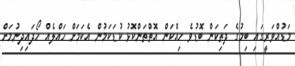
މަޑުއްވަރީގައި ބިމުގެ ދަތިކަން ބޮޑުވެ ހިއްކަން އޮތްތަންކޮޅު ކުޑަކަމުން އެކަމަށް ހައްލެއް ހޯދައިދިނުމަށް